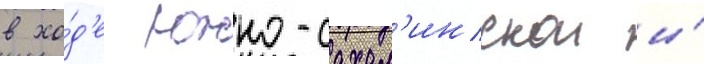
в хо́д'е южно-сахал'инскои и́